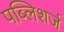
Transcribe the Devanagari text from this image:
पब्लिशर्ज